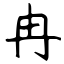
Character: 冉